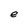
Character: e